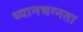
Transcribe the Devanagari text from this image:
ध्यानभग्नता